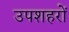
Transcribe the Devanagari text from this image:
उपशहरों